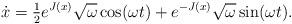
LaTeX: \begin{align*}\dot x=\tfrac{1}{2}e^{J(x)}\sqrt\omega\cos(\omega t)+e^{-J(x)}\sqrt\omega\sin(\omega t).\end{align*}